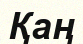
Қаң